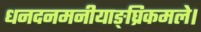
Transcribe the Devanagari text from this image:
धनदनमनीयाङ्‌घ्रिकमले।